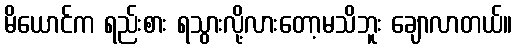
မိယောင်က ရည်းစား ရသွားလို့လားတော့မသိဘူး ချောလာတယ်။